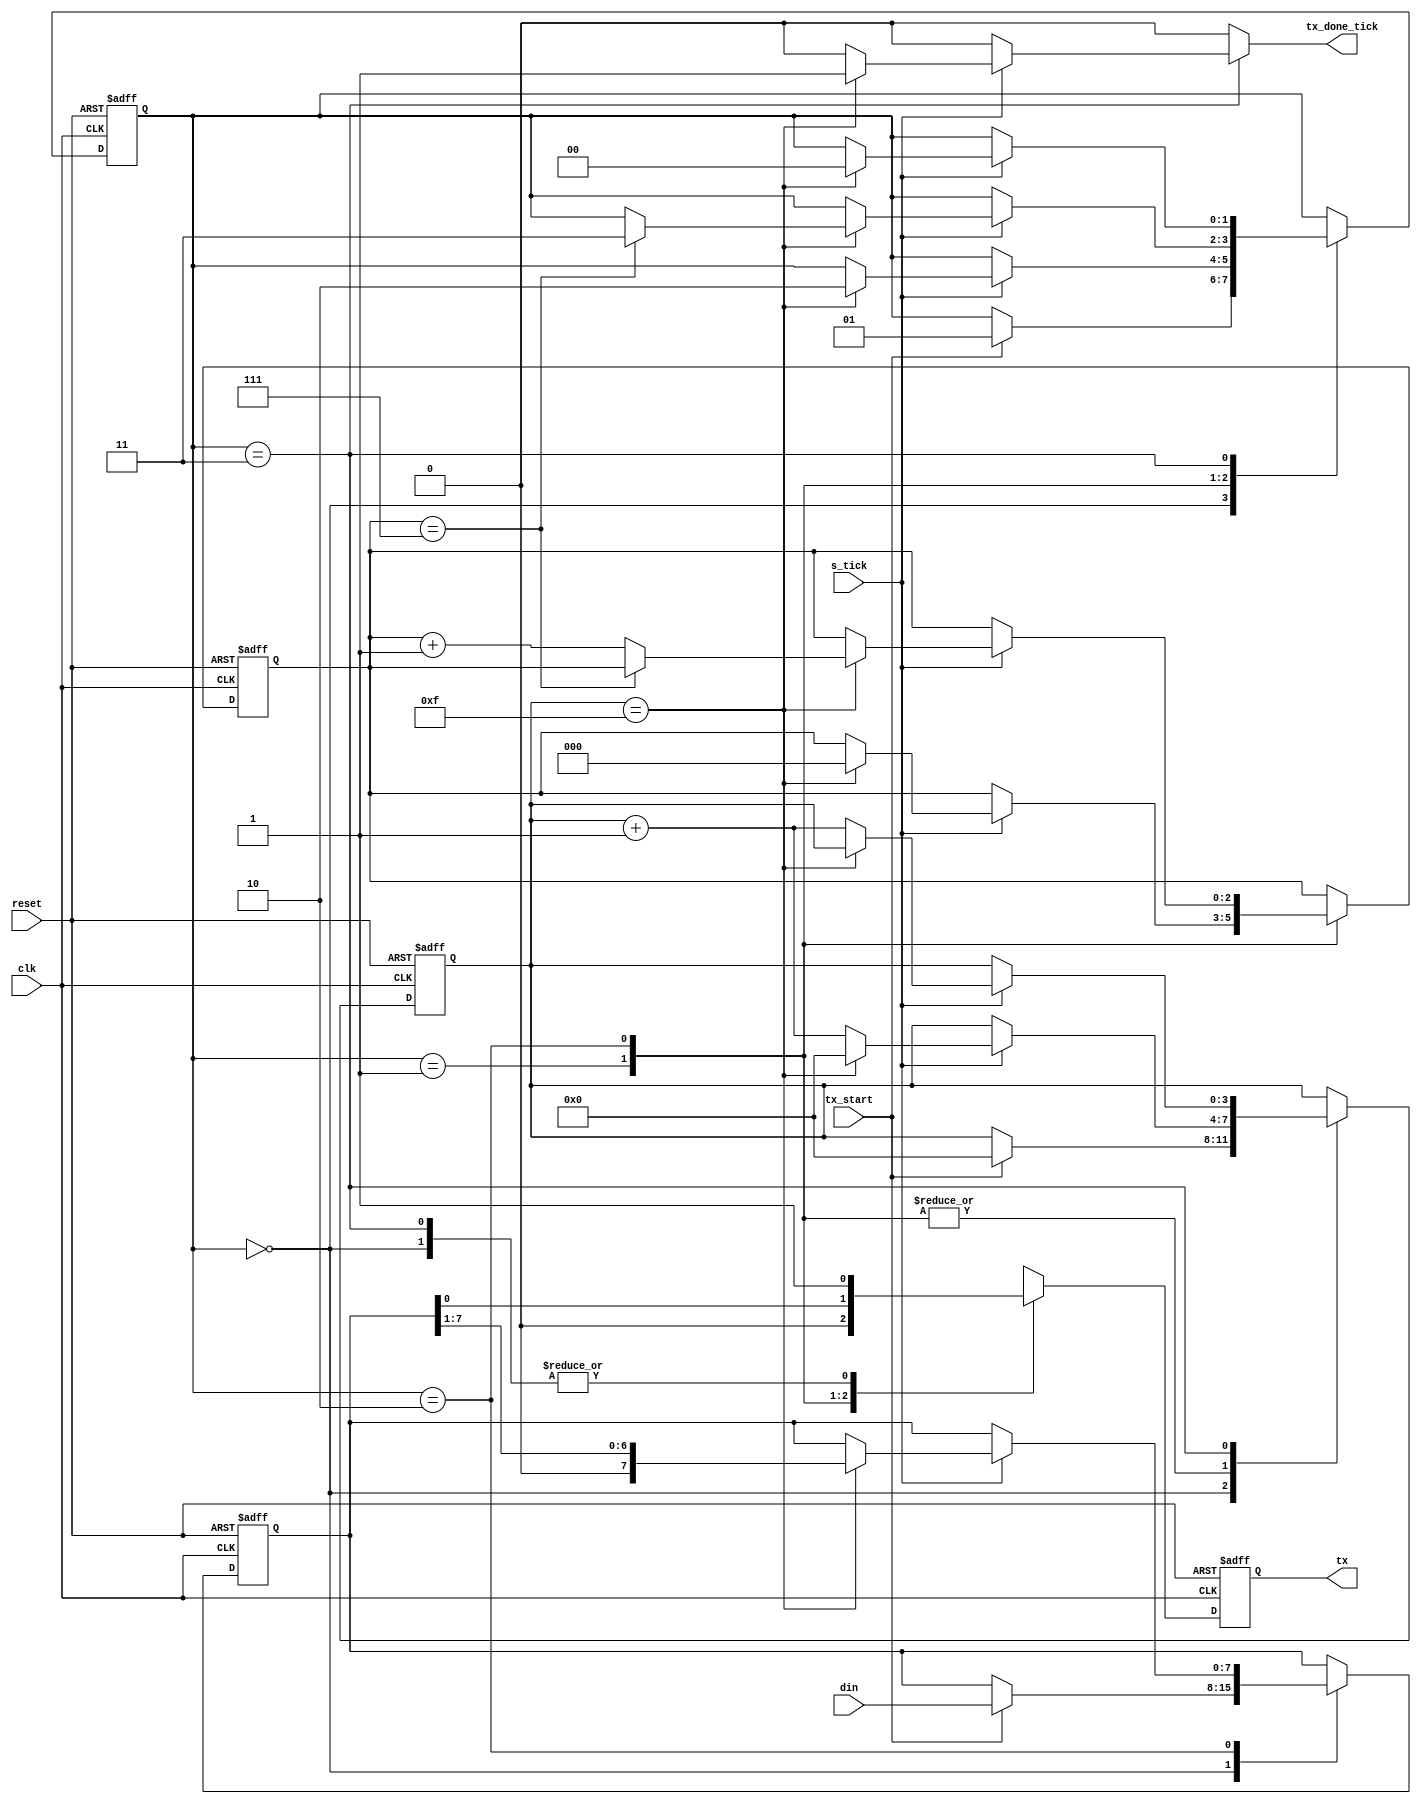
module uart_tx
(
	input wire       clk,
	input wire       reset,
	input wire       tx_start,
	input wire       s_tick,
	input wire [7:0] din,
	output reg       tx_done_tick,
	output wire      tx
);
	parameter DBIT    = 8;
	parameter SB_TICK = 16;
	
	localparam IDLE  = 0;
	localparam START = 1;
	localparam DATA  = 2;
	localparam STOP  = 3;
	
	reg [1:0] state_reg, state_next;
	reg [3:0] s_reg, s_next;
	reg [2:0] n_reg, n_next;
	reg [7:0] b_reg, b_next;
	reg       tx_reg, tx_next;
	
	always @ (posedge clk, posedge reset) begin
		if (reset) begin
			state_reg <= IDLE;
			s_reg <= 0;
			n_reg <= 0;
			b_reg <= 0;
			tx_reg <= 1;
		end
		else begin
			state_reg <= state_next;
			s_reg <= s_next;
			n_reg <= n_next;
			b_reg <= b_next;
			tx_reg <= tx_next;
		end
	end
	
	// state machine works as follows:
	// if it is in idle mode, it waits for a start
	// signal to begin, otherwise it continues to send 0s to UART (meaning there is nothing available yet)
	// then it goes into start mode once some data has been inputted, it does the write
	// starting at START for 8 bits before moving back to idle
	always @ (state_reg, s_reg, n_reg, b_reg, s_tick, tx_reg, tx_start, din) begin
		state_next <= state_reg;
		s_next <= s_reg;
		n_next <= n_reg;
		b_next <= b_reg;
		tx_next <= tx_reg;
		tx_done_tick <= 0;
		
		case (state_reg)
			IDLE: begin
				tx_next <= 1;
				if (tx_start) begin
					state_next <= START;
					s_next <= 0;
					b_next <= din;
				end
			end
		
			START: begin
				tx_next <= 0;
				if (s_tick) begin
					if (s_reg == 15) begin
						state_next <= DATA;
						s_next <= 0;
						n_next <= 0;
					end
					else
						s_next <= s_reg + 1;
				end
			end
	
			DATA: begin
				tx_next <= b_reg[0];
				if (s_tick) begin
					if (s_reg == 15) begin
						s_next <= 0;
						b_next <= {1'b0, b_reg[7:1]};
						if (n_reg == DBIT-1)
							state_next <= STOP;
						else
							n_next <= n_reg + 1;
					end
					else
						s_next <= s_reg + 1;
				end
			end
		
			STOP: begin
				tx_next <= 1;
				if (s_tick) begin
					if (s_reg == SB_TICK-1) begin
						state_next <= IDLE;
						tx_done_tick <= 1;
					end
					else
						s_next <= s_reg + 1;
				end
			end
		endcase
	end

	assign tx = tx_reg;
	
endmodule